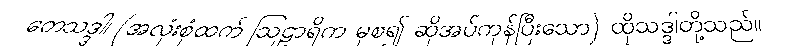
တေသဒ္ဒါ၊ (အလုံးစုံထက် ဩဠာရိက မှစ၍ ဆိုအပ်ကုန်ပြီးသော) ထိုသဒ္ဒါတို့သည်။